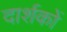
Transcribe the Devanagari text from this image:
दार्शकों